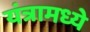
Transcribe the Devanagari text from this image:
यंत्रामध्ये